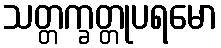
သတ္တက္ခတ္တုပရမော